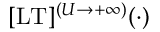
\lbrack \mathrm { L T } \rbrack ^ { ( U \to + \infty ) } ( \cdot )